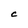
Character: c